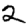
Digit: 2